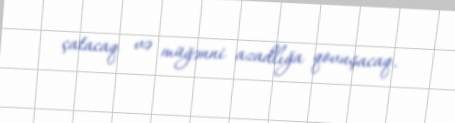
çatacaq və müğənni azadlığa qovuşacaq.